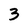
Character: 3